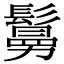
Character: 𩮺